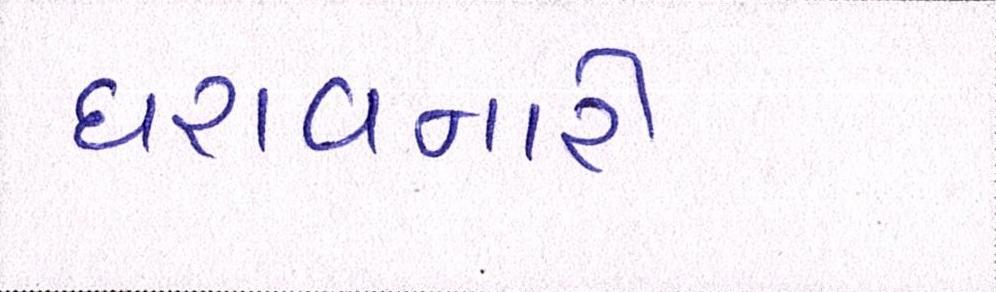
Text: ધરાવનારી